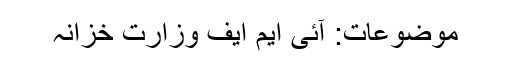
موضوعات: آئی ایم ایف وزارت خزانہ